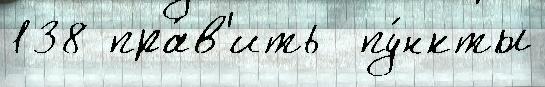
138 пра́в'ить  пу́нкты